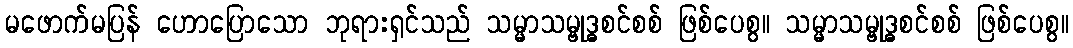
မဖောက်မပြန် ဟောပြောသော ဘုရားရှင်သည် သမ္မာသမ္ဗုဒ္ဓစင်စစ် ဖြစ်ပေစွ။ သမ္မာသမ္ဗုဒ္ဓစင်စစ် ဖြစ်ပေစွ။